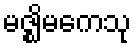
မဇ္ဈိမကေသု